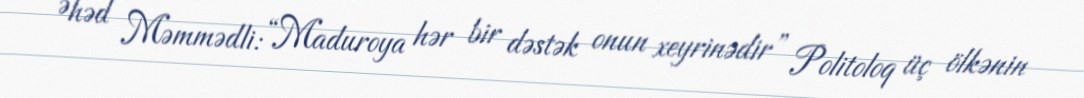
Əhəd Məmmədli: “Maduroya hər bir dəstək onun xeyrinədir” Politoloq üç ölkənin